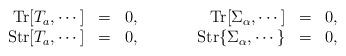
LaTeX: \begin{align*}\begin{array}{rclcrcl}\mbox{Tr}[T_a , \cdots] &=& 0, & {\qquad} & \mbox{Tr}[\Sigma_\alpha, \cdots] &=& 0, \\ \mbox{Str}[T_a , \cdots] &=& 0, & {\qquad} & \mbox{Str}\{\Sigma_\alpha, \cdots\} &=& 0,\end{array}\end{align*}